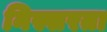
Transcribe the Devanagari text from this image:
निस्सरता